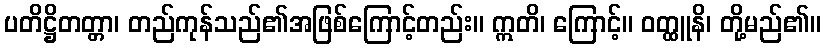
ပတိဋ္ဌိတတ္တာ၊ တည်ကုန်သည်၏အဖြစ်ကြောင့်တည်း။ ဣတိ၊ ကြောင့်။ ဝတ္ထူနိ၊ တို့မည်၏။